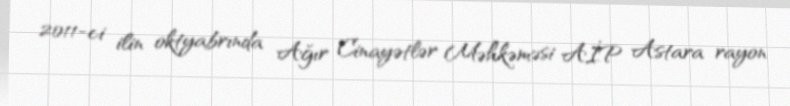
2011-ci ilin oktyabrında Ağır Cinayətlər Məhkəməsi AİP Astara rayon